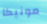
مونيكا